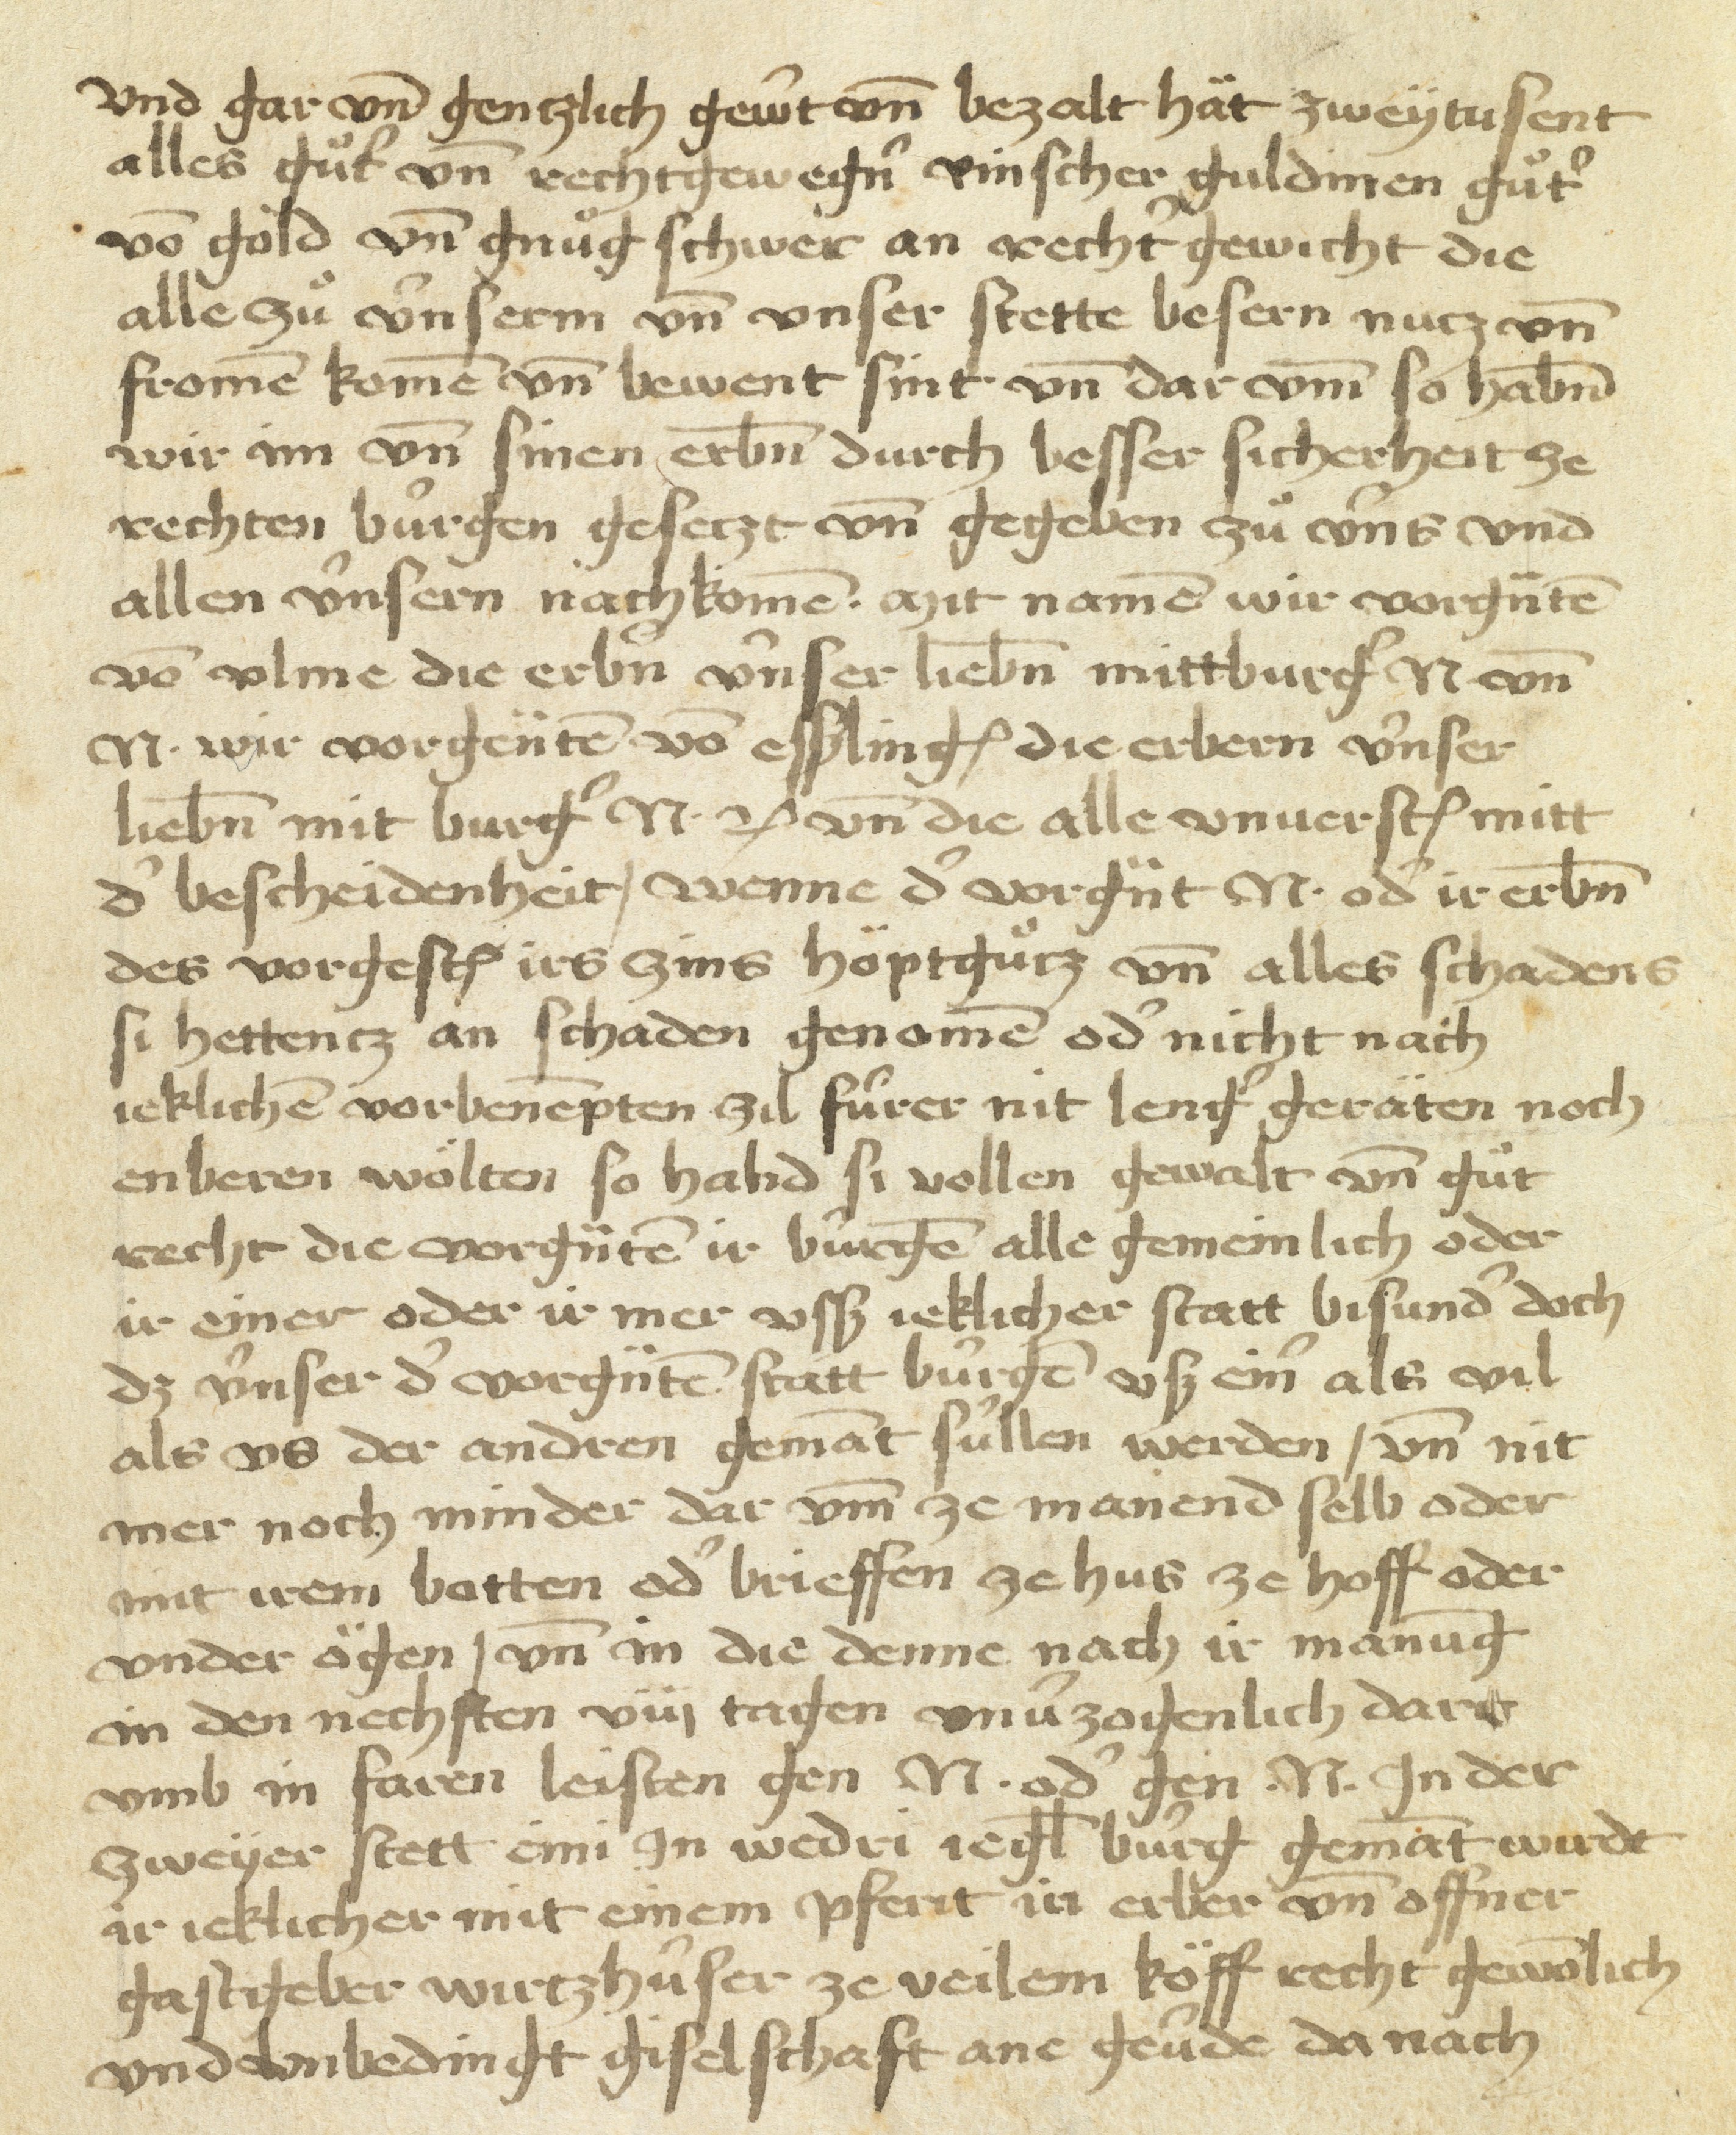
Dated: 1450–1499